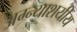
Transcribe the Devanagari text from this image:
अग्न्याशयीय